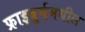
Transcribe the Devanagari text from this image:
फ्राइबुर्गमधील